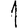
Digit: 1